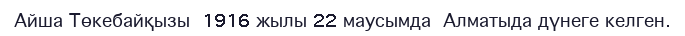
Айша Төкебайқызы  1916 жылы 22 маусымда  Алматыда дүнеге келген.